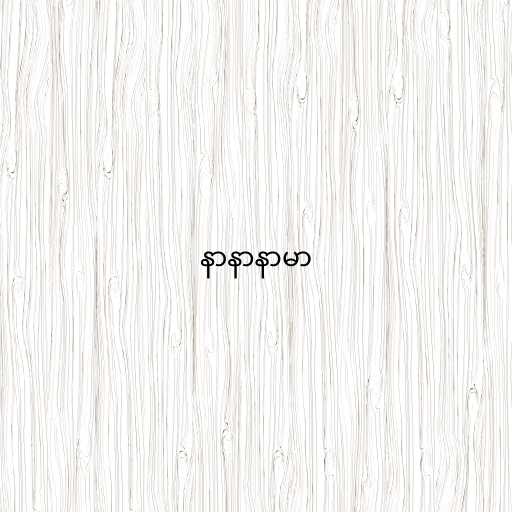
နာနာနာမာ